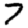
Digit: 7